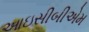
આઇસીબીએમ